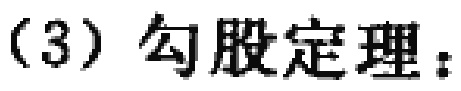
（3）勾股定理：